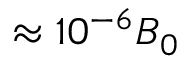
\approx 1 0 ^ { - 6 } \boldsymbol { B } _ { 0 }